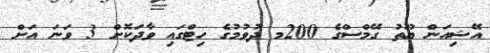
އޭޝިއަން ޔޫތު ގޭމްސްގެ 200މ ދުވުމުގެ ހިޓްގައި ވާދަކޮށް 3 ވަނަ އަަށް